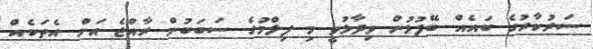
ސަރުކާރުގެ ބައެއް ބޭފުޅުން ވިދާޅުވީ މި ފިލްމުގެ ސަބަބުން ރާއްޖެ އަށް އެތަކެއް